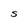
Character: S